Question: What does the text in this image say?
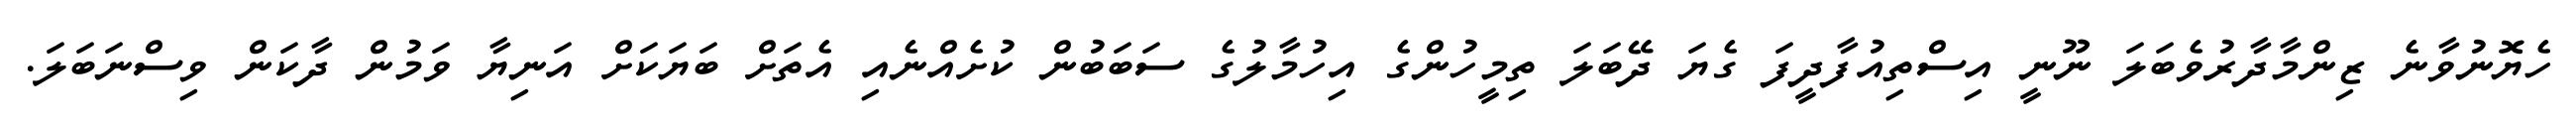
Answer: ހެޔޮނުވާނެ ޒިންމާދާރުވެބަލަ ނޫނީ އިސްތިއުފާދީފަ ގެޔަ ދޭބަލަ ތިމީހުންގެ އިހުމާލުގެ ސަބަބުން ކުށެއްނެއި އެތަށް ބަޔަކަށް އަނިޔާ ވަމުން ދާކަން ވިސްނަބަލަ.